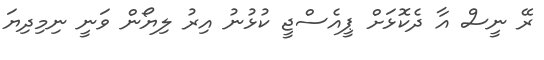
ރޭ ނީސް އާ ދެކޮޅަށް ޕީއެސްޖީ ކުޅުނު އިރު ލިޔޯން ވަނީ ނިމިދިޔަ